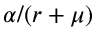
\alpha / ( r + \mu )